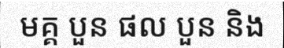
មគ្គ បួន ផល បួន និង